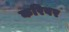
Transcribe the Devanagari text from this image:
करिवर